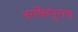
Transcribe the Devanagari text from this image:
नरसिंहपुराण